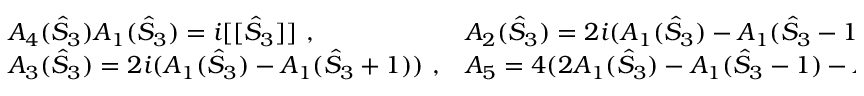
\begin{array} { l l } { { A _ { 4 } ( \hat { S } _ { 3 } ) A _ { 1 } ( \hat { S } _ { 3 } ) = i [ [ \hat { S } _ { 3 } ] ] ~ , ~ ~ ~ ~ ~ ~ ~ } } & { { A _ { 2 } ( \hat { S } _ { 3 } ) = 2 i ( A _ { 1 } ( \hat { S } _ { 3 } ) - A _ { 1 } ( \hat { S } _ { 3 } - 1 ) ) } } \\ { { A _ { 3 } ( \hat { S } _ { 3 } ) = 2 i ( A _ { 1 } ( \hat { S } _ { 3 } ) - A _ { 1 } ( \hat { S } _ { 3 } + 1 ) ) ~ , } } & { { A _ { 5 } = 4 ( 2 A _ { 1 } ( \hat { S } _ { 3 } ) - A _ { 1 } ( \hat { S } _ { 3 } - 1 ) - A _ { 1 } ( \hat { S } _ { 3 } + 1 ) ) ~ . } } \end{array}